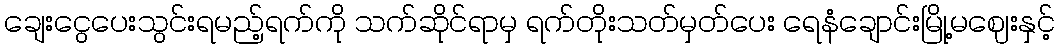
ချေးငွေပေးသွင်းရမည့်ရက်ကို သက်ဆိုင်ရာမှ ရက်တိုးသတ်မှတ်ပေး ရေနံချောင်းမြို့မဈေးနှင့်